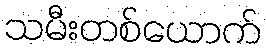
သမီးတစ်ယောက်